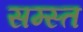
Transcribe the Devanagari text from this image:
सम्स्त